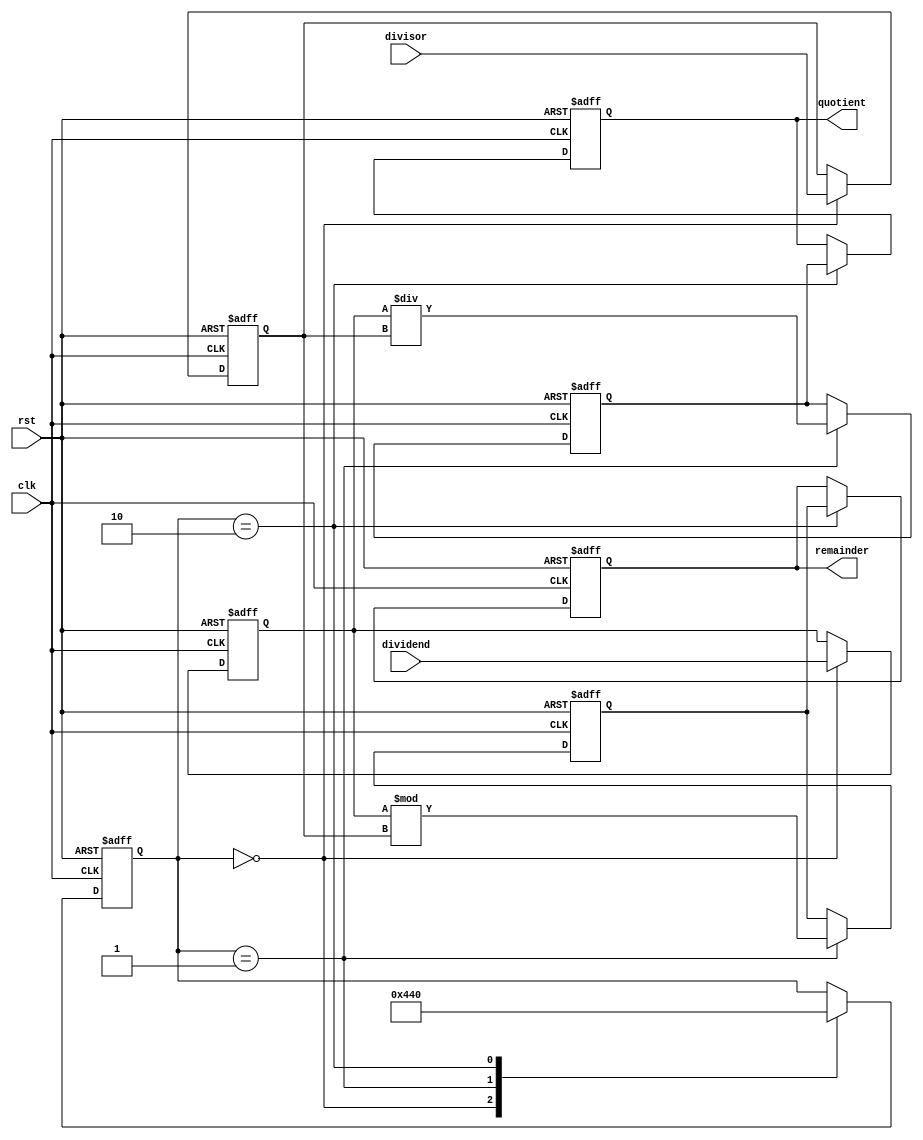
module pipelined_divider (
    input wire clk,          // Clock signal
    input wire rst,          // Reset signal
    input wire [31:0] dividend,   // Operand 1
    input wire [31:0] divisor,    // Operand 2

    output reg [31:0] quotient,    // Result of division
    output reg [31:0] remainder    // Remainder of division
);

// Internal signals
reg [31:0] temp_dividend;
reg [31:0] temp_divisor;
reg [31:0] temp_quotient;
reg [31:0] temp_remainder;

// Pipeline stages
reg [4:0] state;

always @(posedge clk or posedge rst) begin
    if (rst) begin
        // Reset state and temporary variables
        state <= 0;
        temp_dividend <= 0;
        temp_divisor <= 0;
        temp_quotient <= 0;
        temp_remainder <= 0;
        quotient <= 0;
        remainder <= 0;
    end else begin
        case (state)
            0: begin
                temp_dividend <= dividend;
                temp_divisor <= divisor;
                state <= 1;
            end
            1: begin
                // Perform division operation
                temp_quotient <= temp_dividend / temp_divisor;
                temp_remainder <= temp_dividend % temp_divisor;
                state <= 2;
            end
            2: begin
                // Update output signals
                quotient <= temp_quotient;
                remainder <= temp_remainder;
                state <= 0;
            end
        endcase
    end
end

endmodule